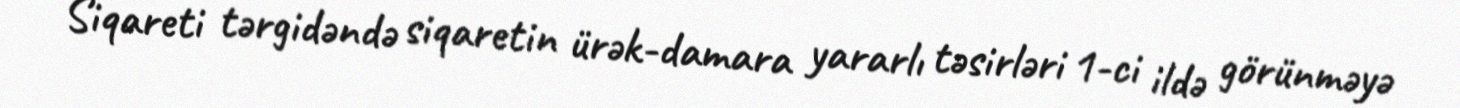
Siqareti tərgidəndə siqaretin ürək-damara yararlı təsirləri 1-ci ildə görünməyə